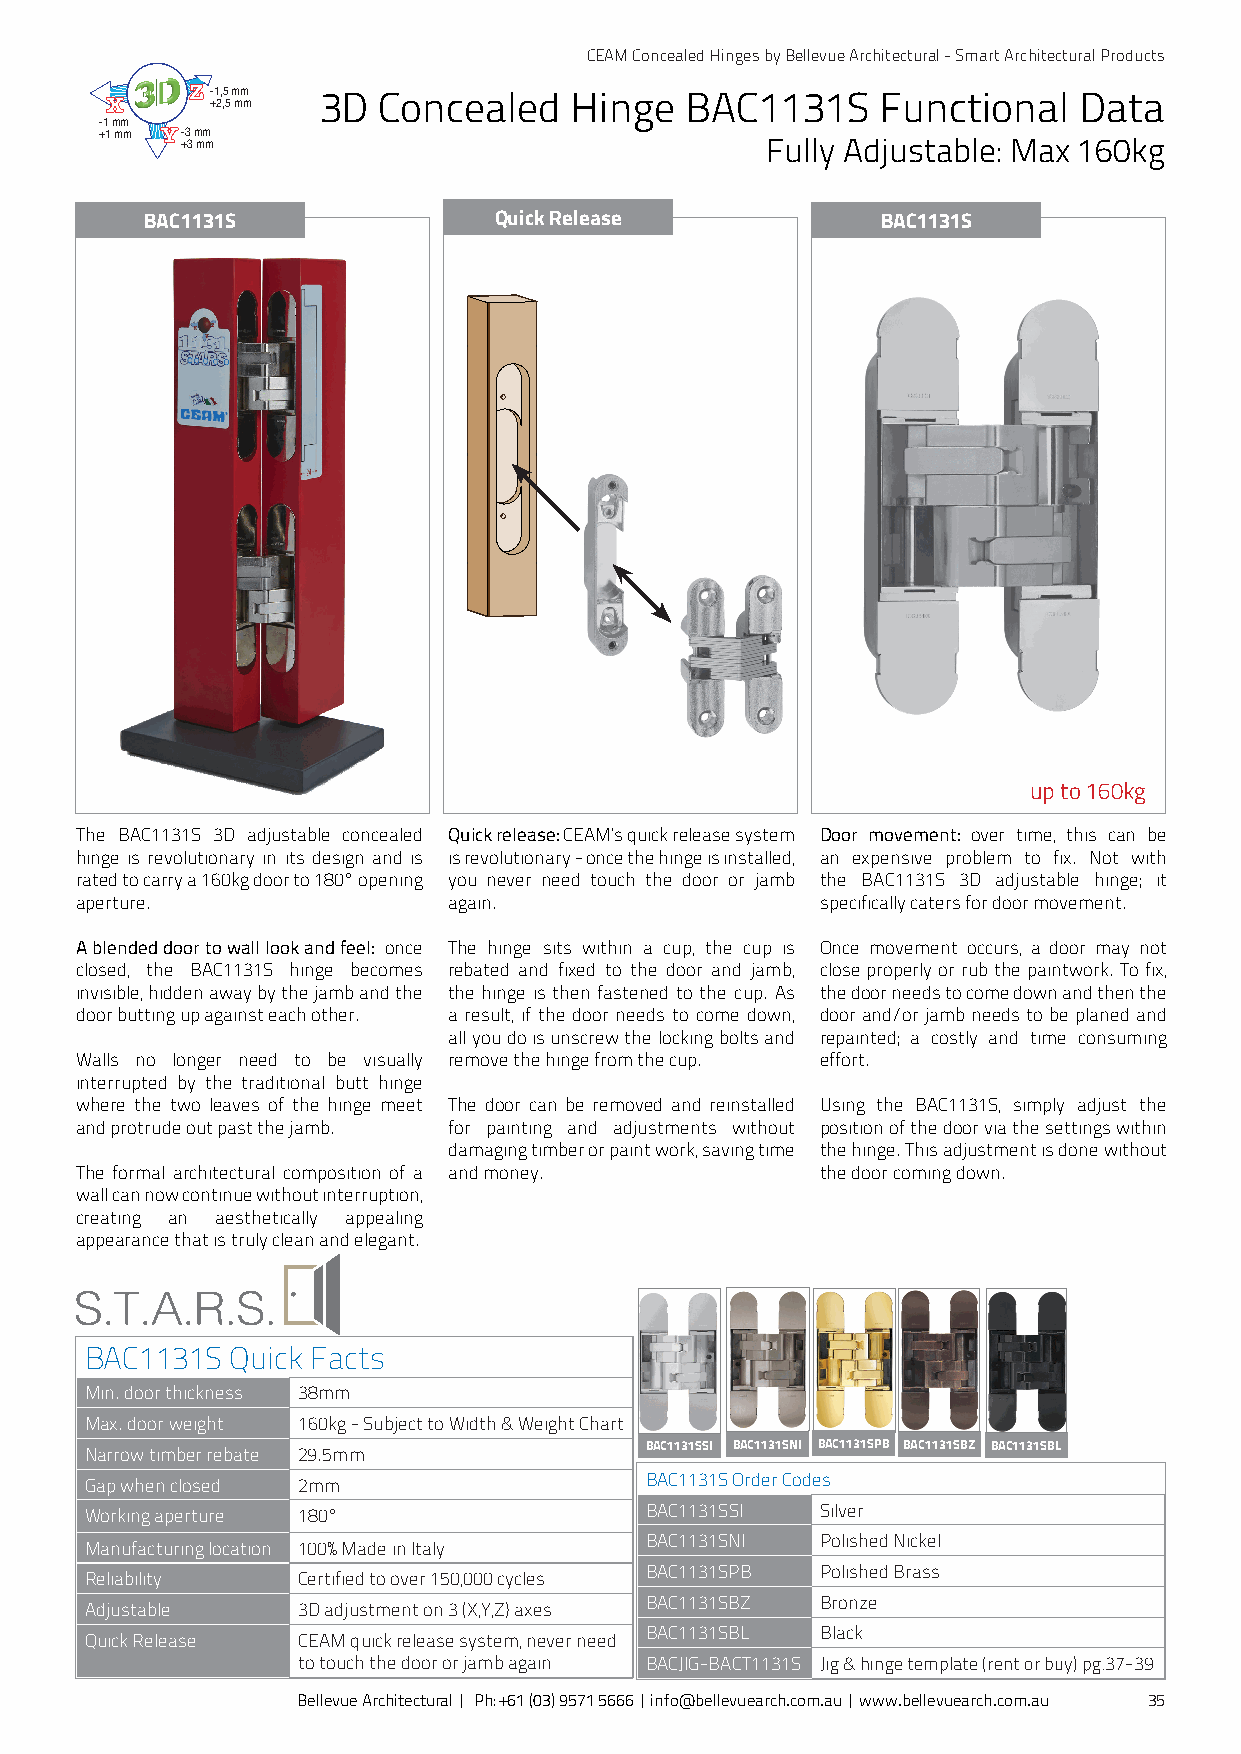
CEAM Concealed Hinges by Bellevue Architectural - Smart Architectural Products
 -1,5 mm 3D Concealed    Hinge  BAC1131S     Functional   Data
 +2,5 mm
 -1 mm
 +1 mm -3 mm
 +3 mm                                  Fully Adjustable: Max 160kg
 BAC1131S               Quick Release            BAC1131S
 up to 160kg
 The BAC1131S 3D adjustable concealed Quick release: CEAM’s quick release system Door movement: over time, this can be
 hinge is revolutionary in its design and is is revolutionary - once the hinge is installed, an expensive problem to fix. Not with
 rated to carry a 160kg door to 180° opening you never need touch the door or jamb the BAC1131S 3D adjustable hinge; it
 aperture.                again.                  specifically caters for door movement.
 A blended door to wall look and feel: once The hinge sits within a cup, the cup is Once movement occurs, a door may not
 closed, the BAC1131S hinge becomes rebated and fixed to the door and jamb, close properly or rub the paintwork. To fix,
 invisible, hidden away by the jamb and the the hinge is then fastened to the cup. As the door needs to come down and then the
 door butting up against each other. a result, if the door needs to come down, door and/or jamb needs to be planed and
 all you do is unscrew the locking bolts and repainted; a costly and time consuming
 Walls no longer need to be visually remove the hinge from the cup. effort.
 interrupted by the traditional butt hinge
 where the two leaves of the hinge meet The door can be removed and reinstalled Using the BAC1131S, simply adjust the
 and protrude out past the jamb. for painting and adjustments without position of the door via the settings within
 damaging timber or paint work, saving time the hinge. This adjustment is done without
 The formal architectural composition of a and money. the door coming down.
 wall can now continue without interruption,
 creating an aesthetically appealing
 appearance that is truly clean and elegant.
 BAC1131S Quick Facts
 Min. door thickness 38mm
 Max. door weight 160kg - Subject to Width & Weight Chart
 BAC1131SSI BAC1131SNI BAC1131SPB BAC1131SBZ BAC1131SBL
 Narrow timber rebate 29.5mm
 Gap when closed 2mm                  BAC1131S Order Codes
 Working aperture 180°                BAC1131SSI Silver
 BAC1131SNI Polished Nickel
 Manufacturing location 100% Made in Italy
 BAC1131SPB Polished Brass
 Reliability   Certified to over 150,000 cycles
 BAC1131SBZ Bronze
 Adjustable    3D adjustment on 3 (X,Y,Z) axes
 BAC1131SBL Black
 Quick Release CEAM quick release system, never need
 to touch the door or jamb again BACJIG-BACT1131S Jig & hinge template (rent or buy) pg.37-39
 Bellevue Architectural | Ph: +61 (03) 9571 5666 | info@bellevuearch.com.au | www.bellevuearch.com.au 35